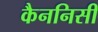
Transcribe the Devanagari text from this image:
कैननिसी